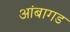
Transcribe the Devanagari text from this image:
आंबागड